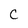
Character: C